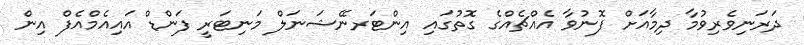
ދަރަނިވެރިވުމާ ދިމާއަށް ފޮނުވާ އެއްޗެއްގެ ގޮތުގައި އިންޓަރނޭޝަނަލް މަނިޓަރީ ފަންޑް އައިއެމްއެފް އިން